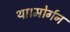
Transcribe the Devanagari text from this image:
था।मोर्गन